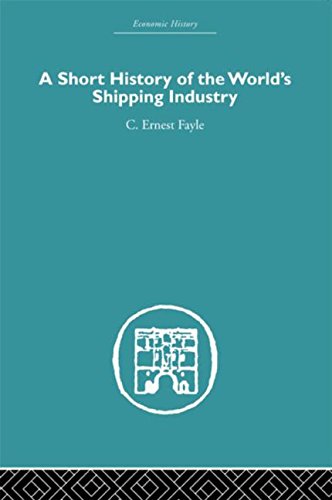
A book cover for A Short History of the World's Shipping Industry (Economic History); C. Ernest Fayle; Engineering & Transportation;